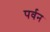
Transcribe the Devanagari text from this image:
पर्वन